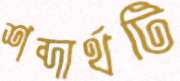
শব্দার্থটি